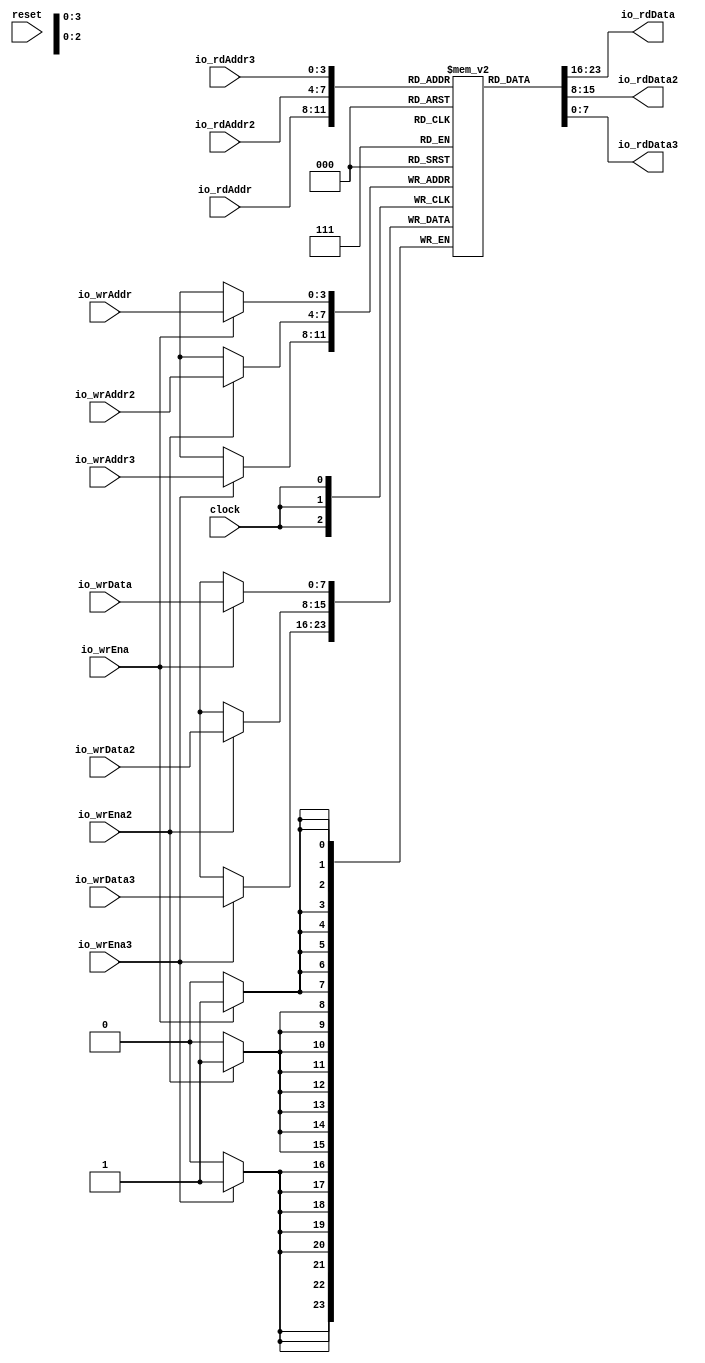
module Complex3R3WCMem( // @[:@3.2]
  input        clock, // @[:@4.4]
  input        reset, // @[:@5.4]
  input  [3:0] io_rdAddr, // @[:@6.4]
  output [7:0] io_rdData, // @[:@6.4]
  input  [3:0] io_rdAddr2, // @[:@6.4]
  output [7:0] io_rdData2, // @[:@6.4]
  input  [3:0] io_rdAddr3, // @[:@6.4]
  output [7:0] io_rdData3, // @[:@6.4]
  input        io_wrEna, // @[:@6.4]
  input  [7:0] io_wrData, // @[:@6.4]
  input  [3:0] io_wrAddr, // @[:@6.4]
  input        io_wrEna2, // @[:@6.4]
  input  [7:0] io_wrData2, // @[:@6.4]
  input  [3:0] io_wrAddr2, // @[:@6.4]
  input        io_wrEna3, // @[:@6.4]
  input  [7:0] io_wrData3, // @[:@6.4]
  input  [3:0] io_wrAddr3 // @[:@6.4]
);
`ifdef RANDOMIZE_MEM_INIT
  reg [31:0] _RAND_0;
`endif // RANDOMIZE_MEM_INIT
  reg [7:0] mem [0:15]; // @[Complex3R3WCMem.scala 26:24:@8.4]
  wire  mem__T_37_en; // @[Complex3R3WCMem.scala 26:24:@8.4]
  wire [3:0] mem__T_37_addr; // @[Complex3R3WCMem.scala 26:24:@8.4]
  wire [7:0] mem__T_37_data; // @[Complex3R3WCMem.scala 26:24:@8.4]
  wire  mem__T_38_en; // @[Complex3R3WCMem.scala 26:24:@8.4]
  wire [3:0] mem__T_38_addr; // @[Complex3R3WCMem.scala 26:24:@8.4]
  wire [7:0] mem__T_38_data; // @[Complex3R3WCMem.scala 26:24:@8.4]
  wire  mem__T_39_en; // @[Complex3R3WCMem.scala 26:24:@8.4]
  wire [3:0] mem__T_39_addr; // @[Complex3R3WCMem.scala 26:24:@8.4]
  wire [7:0] mem__T_39_data; // @[Complex3R3WCMem.scala 26:24:@8.4]
  wire [7:0] mem__T_40_data; // @[Complex3R3WCMem.scala 26:24:@8.4]
  wire [3:0] mem__T_40_addr; // @[Complex3R3WCMem.scala 26:24:@8.4]
  wire  mem__T_40_mask; // @[Complex3R3WCMem.scala 26:24:@8.4]
  wire  mem__T_40_en; // @[Complex3R3WCMem.scala 26:24:@8.4]
  wire [7:0] mem__T_41_data; // @[Complex3R3WCMem.scala 26:24:@8.4]
  wire [3:0] mem__T_41_addr; // @[Complex3R3WCMem.scala 26:24:@8.4]
  wire  mem__T_41_mask; // @[Complex3R3WCMem.scala 26:24:@8.4]
  wire  mem__T_41_en; // @[Complex3R3WCMem.scala 26:24:@8.4]
  wire [7:0] mem__T_42_data; // @[Complex3R3WCMem.scala 26:24:@8.4]
  wire [3:0] mem__T_42_addr; // @[Complex3R3WCMem.scala 26:24:@8.4]
  wire  mem__T_42_mask; // @[Complex3R3WCMem.scala 26:24:@8.4]
  wire  mem__T_42_en; // @[Complex3R3WCMem.scala 26:24:@8.4]
  assign mem__T_37_en = 1'h1;
  assign mem__T_37_addr = io_rdAddr;
  assign mem__T_37_data = mem[mem__T_37_addr]; // @[Complex3R3WCMem.scala 26:24:@8.4]
  assign mem__T_38_en = 1'h1;
  assign mem__T_38_addr = io_rdAddr2;
  assign mem__T_38_data = mem[mem__T_38_addr]; // @[Complex3R3WCMem.scala 26:24:@8.4]
  assign mem__T_39_en = 1'h1;
  assign mem__T_39_addr = io_rdAddr3;
  assign mem__T_39_data = mem[mem__T_39_addr]; // @[Complex3R3WCMem.scala 26:24:@8.4]
  assign mem__T_40_data = io_wrData;
  assign mem__T_40_addr = io_wrAddr;
  assign mem__T_40_mask = 1'h1;
  assign mem__T_40_en = io_wrEna;
  assign mem__T_41_data = io_wrData2;
  assign mem__T_41_addr = io_wrAddr2;
  assign mem__T_41_mask = 1'h1;
  assign mem__T_41_en = io_wrEna2;
  assign mem__T_42_data = io_wrData3;
  assign mem__T_42_addr = io_wrAddr3;
  assign mem__T_42_mask = 1'h1;
  assign mem__T_42_en = io_wrEna3;
  assign io_rdData = mem__T_37_data; // @[Complex3R3WCMem.scala 54:13:@10.4]
  assign io_rdData2 = mem__T_38_data; // @[Complex3R3WCMem.scala 55:14:@12.4]
  assign io_rdData3 = mem__T_39_data; // @[Complex3R3WCMem.scala 56:14:@14.4]
  always @(posedge clock) begin
    if (mem__T_40_en & mem__T_40_mask) begin
      mem[mem__T_40_addr] <= mem__T_40_data; // @[Complex3R3WCMem.scala 26:24:@8.4]
    end
    if (mem__T_41_en & mem__T_41_mask) begin
      mem[mem__T_41_addr] <= mem__T_41_data; // @[Complex3R3WCMem.scala 26:24:@8.4]
    end
    if (mem__T_42_en & mem__T_42_mask) begin
      mem[mem__T_42_addr] <= mem__T_42_data; // @[Complex3R3WCMem.scala 26:24:@8.4]
    end
  end
// Register and memory initialization
`ifdef RANDOMIZE_GARBAGE_ASSIGN
`define RANDOMIZE
`endif
`ifdef RANDOMIZE_INVALID_ASSIGN
`define RANDOMIZE
`endif
`ifdef RANDOMIZE_REG_INIT
`define RANDOMIZE
`endif
`ifdef RANDOMIZE_MEM_INIT
`define RANDOMIZE
`endif
`ifndef RANDOM
`define RANDOM $random
`endif
`ifdef RANDOMIZE_MEM_INIT
  integer initvar;
`endif
`ifndef SYNTHESIS
`ifdef FIRRTL_BEFORE_INITIAL
`FIRRTL_BEFORE_INITIAL
`endif
initial begin
  `ifdef RANDOMIZE
    `ifdef INIT_RANDOM
      `INIT_RANDOM
    `endif
    `ifndef VERILATOR
      `ifdef RANDOMIZE_DELAY
        #`RANDOMIZE_DELAY begin end
      `else
        #0.002 begin end
      `endif
    `endif
`ifdef RANDOMIZE_MEM_INIT
  _RAND_0 = {1{`RANDOM}};
  for (initvar = 0; initvar < 16; initvar = initvar+1)
    mem[initvar] = _RAND_0[7:0];
`endif // RANDOMIZE_MEM_INIT
  `endif // RANDOMIZE
end // initial
`ifdef FIRRTL_AFTER_INITIAL
`FIRRTL_AFTER_INITIAL
`endif
`endif // SYNTHESIS
endmodule